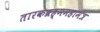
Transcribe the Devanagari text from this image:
तारकब्रह्ममहामंत्र